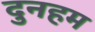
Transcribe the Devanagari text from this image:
दुनहम